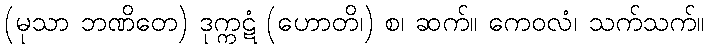
(မုသာ ဘဏိတေ) ဒုက္ကဋံ (ဟောတိ၊) စ၊ ဆက်။ ကေဝလံ၊ သက်သက်။